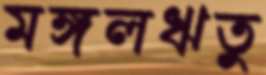
মঙ্গলঋতু